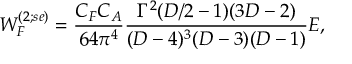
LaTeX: { \cal W } _ { F } ^ { ( 2 ; s e ) } = { \frac { C _ { F } C _ { A } } { 6 4 { \pi } ^ { 4 } } } { \frac { \Gamma ^ { 2 } ( D / 2 - 1 ) ( 3 D - 2 ) } { ( D - 4 ) ^ { 3 } ( D - 3 ) ( D - 1 ) } } { \cal E } ,